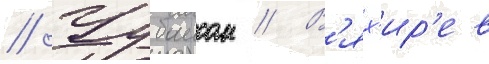
// Чубаисом // В'ях'ир'ев